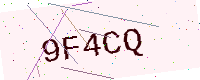
Text: 9F4CQ